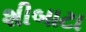
શીબાટા